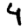
Digit: 4